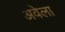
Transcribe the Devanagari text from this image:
अवेला